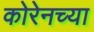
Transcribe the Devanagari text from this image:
कोरेनच्या